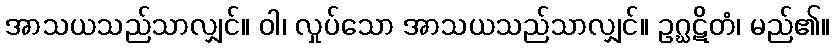
အာသယသည်သာလျှင်။ ဝါ၊ လှုပ်သော အာသယသည်သာလျှင်။ ဥဂ္ဃဋိတံ၊ မည်၏။